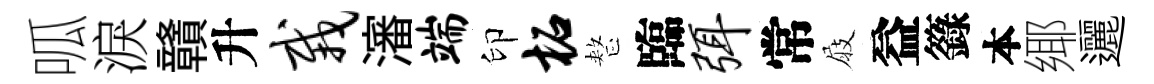
呱淚贛升栽瀋端印柘整臨弭常屐益籙本鄊邐